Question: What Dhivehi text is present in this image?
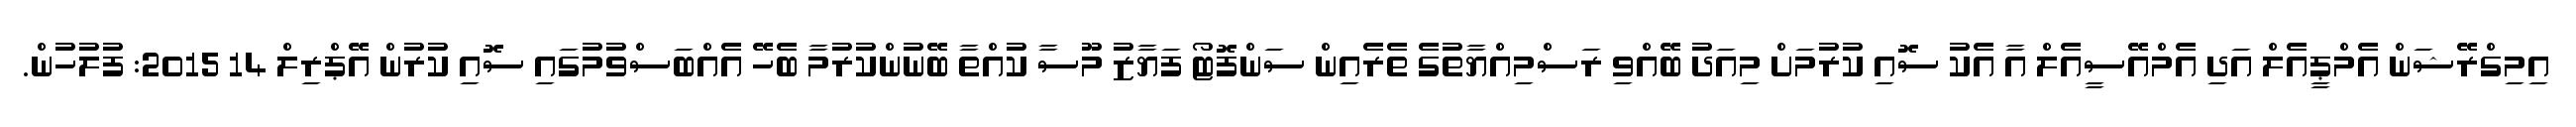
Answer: އިމިގްރޭޝަން އެމްޕީއެލް އަދި އެމްއޭސީއެލް އާ އެކު ސޮއި ކުރުމަށް މިއަދު ބޭއްވި ރަސްމިއްޔާތުގެ ތެރެއިން ސަންފޮޓޯ ފަޔާޒު މޫސާ ކުއްތާ ބޭނުންކުރުމާ ބެހޭ އެއްބަސްވުމުގައި ސޮއި ކުރުން އޭޕްރިލް 14 2015: ފުލުހުން.